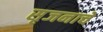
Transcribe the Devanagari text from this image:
सृजनाचे